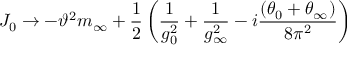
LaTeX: J _ { 0 } \to - \vartheta ^ { 2 } m _ { \infty } + \frac { 1 } { 2 } \left( \frac { 1 } { g _ { 0 } ^ { 2 } } + \frac { 1 } { g _ { \infty } ^ { 2 } } - i \frac { ( \theta _ { 0 } + \theta _ { \infty } ) } { 8 \pi ^ { 2 } } \right)